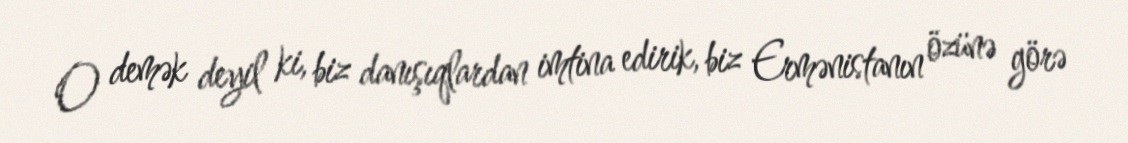
O demək deyil ki, biz danışıqlardan imtina edirik, biz Ermə­nistanın özünə görə